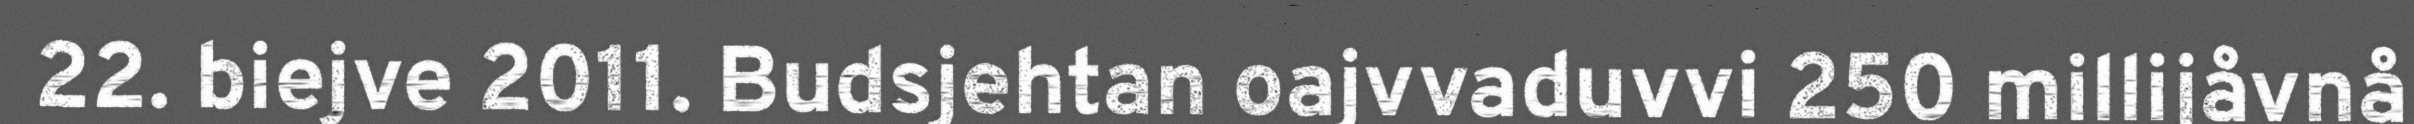
22. biejve 2011. Budsjehtan oajvvaduvvi 250 millijåvnå